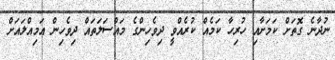
ނުދާނެ ގޮތަށް ކަމަށާއި ހުރިހާ ކަމެއް ކުރެއްވީ ދިވެހިންގެ މައްސަލަތައް ދިވެހިން އަމިއްލައަށް